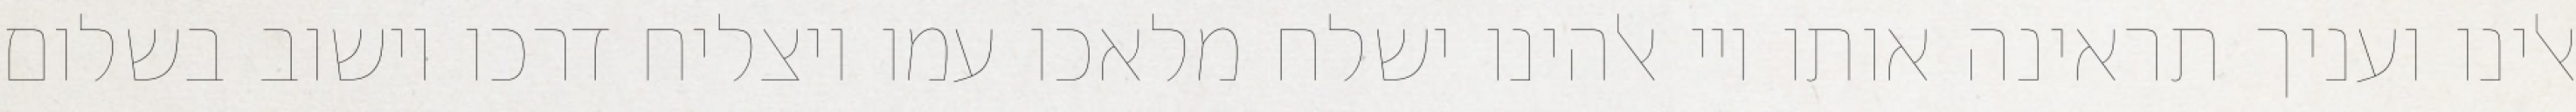
אלינו ועניך תראינה אותו ויי אלהינו ישלח מלאכו עמו ויצליח דרכו וישוב בשלום